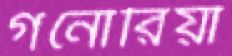
গনোরিয়া